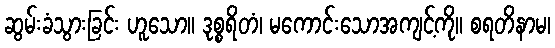
ဆွမ်းခံသွားခြင်း ဟူသော။ ဒုစ္စရိတံ၊ မကောင်းသောအကျင့်ကို။ စရတိနာမ၊